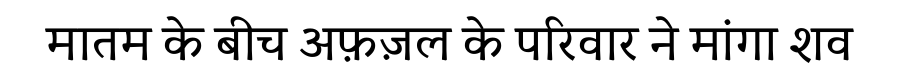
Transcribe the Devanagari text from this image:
मातम के बीच अफ़ज़ल के परिवार ने मांगा शव